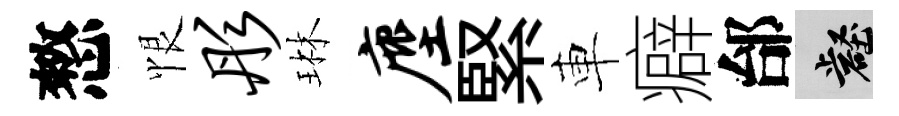
憗恨彤琳麈緊車癖邰壑